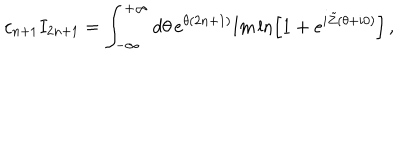
LaTeX: c _ { n + 1 } I _ { 2 n + 1 } = \int _ { - \infty } ^ { + \infty } d \theta \, e ^ { \theta ( 2 n + 1 ) } { \mathrm { I m } } \ln \left[ 1 + e ^ { i \tilde { Z } ( \theta + i 0 ) } \right] \, ,